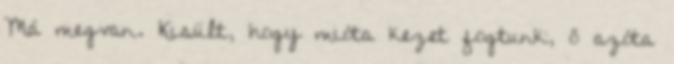
Má megvan. Kisült, hogy mióta kezet fogtunk, ő azóta